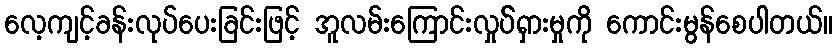
လေ့ကျင့်ခန်းလုပ်ပေးခြင်းဖြင့် အူလမ်းကြောင်းလှုပ််ရှားမှုကို ကောင်းမွန်စေပါတယ်။